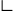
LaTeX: \llcorner